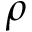
\rho